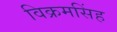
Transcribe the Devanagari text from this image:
विक्रमसिंह